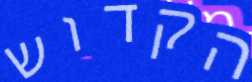
הקדוש